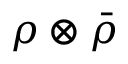
\rho \otimes { \bar { \rho } }